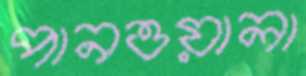
পানওয়ালা